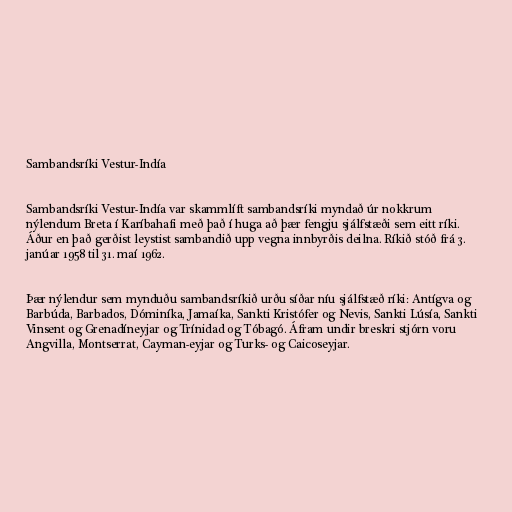
Sambandsríki Vestur-Indía

Sambandsríki Vestur-Indía var skammlíft sambandsríki myndað úr nokkrum
nýlendum Breta í Karíbahafi með það í huga að þær fengju sjálfstæði sem eitt ríki.
Áður en það gerðist leystist sambandið upp vegna innbyrðis deilna. Ríkið stóð frá 3.
janúar 1958 til 31. maí 1962.

Þær nýlendur sem mynduðu sambandsríkið urðu síðar níu sjálfstæð ríki: Antígva og
Barbúda, Barbados, Dóminíka, Jamaíka, Sankti Kristófer og Nevis, Sankti Lúsía, Sankti
Vinsent og Grenadíneyjar og Trínidad og Tóbagó. Áfram undir breskri stjórn voru
Angvilla, Montserrat, Cayman-eyjar og Turks- og Caicoseyjar.